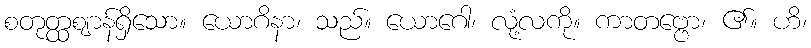
စတုတ္ထဈာန်ရှိသော။ ယောဂိနာ၊ သည်။ ယောဂေါ၊ လုံ့လကို။ ကာတဗ္ဗော၊ ၏။ ဟိ၊